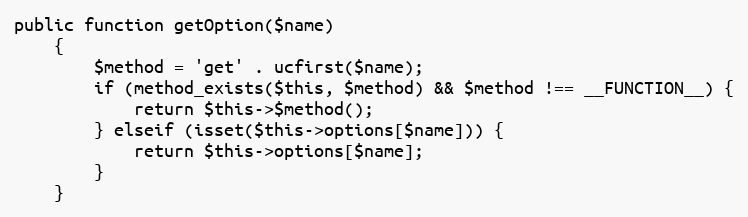
Language: PHP
public function getOption($name)
    {
        $method = 'get' . ucfirst($name);
        if (method_exists($this, $method) && $method !== __FUNCTION__) {
            return $this->$method();
        } elseif (isset($this->options[$name])) {
            return $this->options[$name];
        }
    }